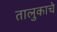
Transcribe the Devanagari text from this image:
तालुकाचे